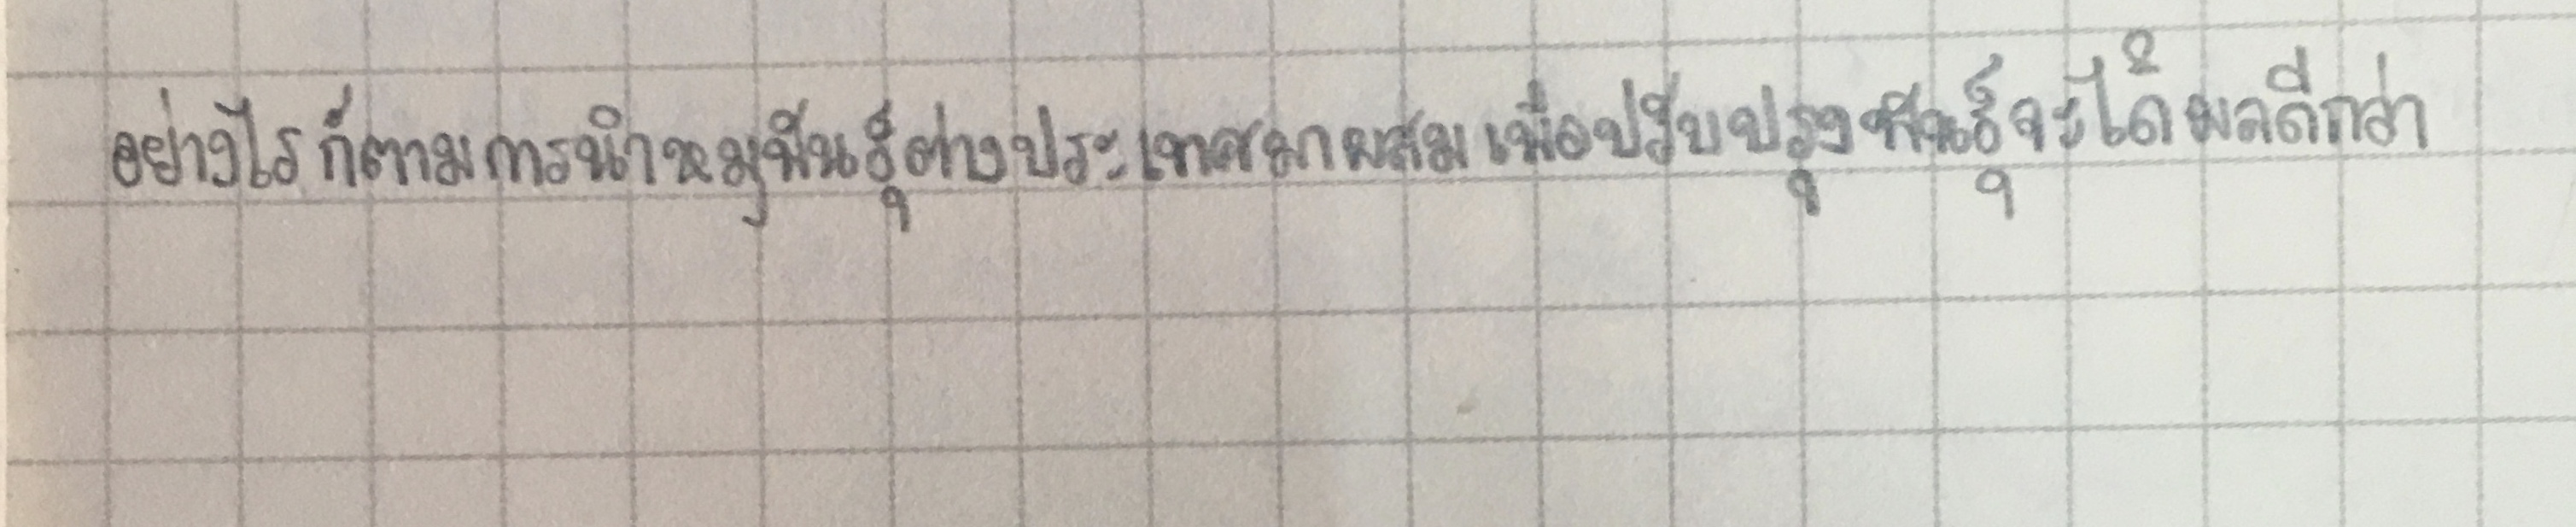
อย่างไรก็ตามการนำหมูพันธุ์ต่างประเทศมาผสมเพื่อปรับปรุงพันธุ์จะได้ผลดีกว่า